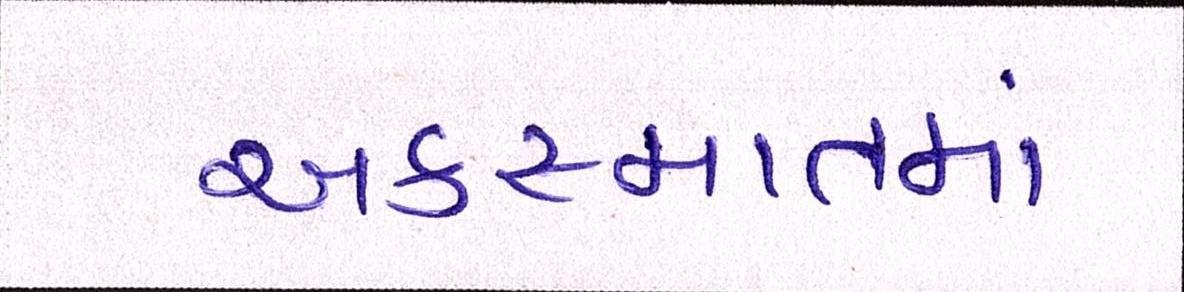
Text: અકસ્માતમાં